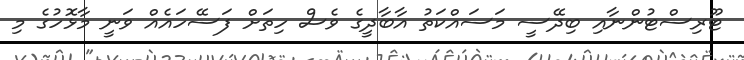
ޓޫރިސްޓުންނާއި ބިދޭސީ މަސައްކަތު އާބާދީގެ ވެސް ހިތަށް ފަސޭހައެއް ވަނީ މާޅޮހުގެ މި